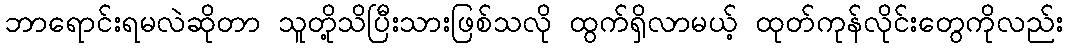
ဘာရောင်းရမလဲဆိုတာ သူတို့သိပြီးသားဖြစ်သလို ထွက်ရှိလာမယ့် ထုတ်ကုန်လိုင်းတွေကိုလည်း